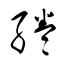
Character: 綣